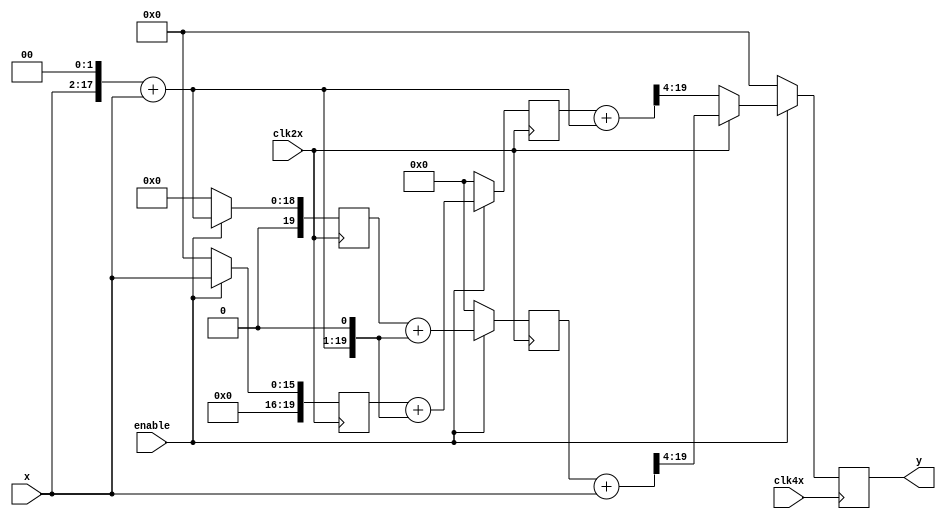
`ifndef UD
`define UD #1
`endif

`timescale 1ns / 1ps
`default_nettype none

// Using polyphase implementation of SINC52 filter (5th order, interp by 2)
// Transfer function y/x = 
// (1/2^5) * (1+z^-1)^5  =  
// (1/2^5) * (1 + 5z^-1 + 10z^-2 + 10z^-3 + 5z^-4 + z^-5)


module interp_filt #(parameter WIDTH = 16) (
	input	wire			clk2x,
	input	wire			clk4x,
	input	wire			enable,
	input	wire	[WIDTH-1:0]	x,
	output  reg	[WIDTH-1:0]	y	
);

// EXTRA width of data word to account for multiplication by 10 and additions
localparam EXTRA = 7; 

reg	[WIDTH+EXTRA-1:0]	res1;
reg	[WIDTH+EXTRA-1:0]	res2;
reg	[WIDTH+EXTRA-1:0]	res3;
reg	[WIDTH+EXTRA-1:0]	res4;

wire	[WIDTH+EXTRA-1:0]	x5;
wire	[WIDTH+EXTRA-1:0]	x10;

wire	[WIDTH+EXTRA-1:0]	y_a;
wire	[WIDTH+EXTRA-1:0]	y_b;


assign x5 = (x << 2) + x;
assign x10 = x5 << 1;

assign y_a = res2 + x; 
assign y_b = res4 + x5; 

always @(negedge clk4x) begin
	if (!enable) begin
		y <= 0;	
	end else begin	
		if (clk2x) begin
			// divide by 2^(filt order)
			// filt order = 5
			// equivalently, discard bits [4:0]:
			y <= y_a[WIDTH+EXTRA-3:EXTRA-3];
		end else begin
			y <= y_b[WIDTH+EXTRA-3:EXTRA-3];
		end
	end
end
	
always @(posedge clk2x) begin
	if (!enable) begin
		res1 <= 0;	 
		res2 <= 0;	 
		res3 <= 0;	 
		res4 <= 0;	 
	end else begin
		res1 <= x5;
		res2 <= res1 + x10;	
		res3 <= x;
		res4 <= res3 + x10;
	end
end

endmodule